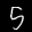
Label: 5